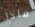
فاذا